Annual report of the Bengal Veterinary College and of the Civil Veterinary Department, Bengal, for the year 1913-1914 - 1913-1914
Year: 1913
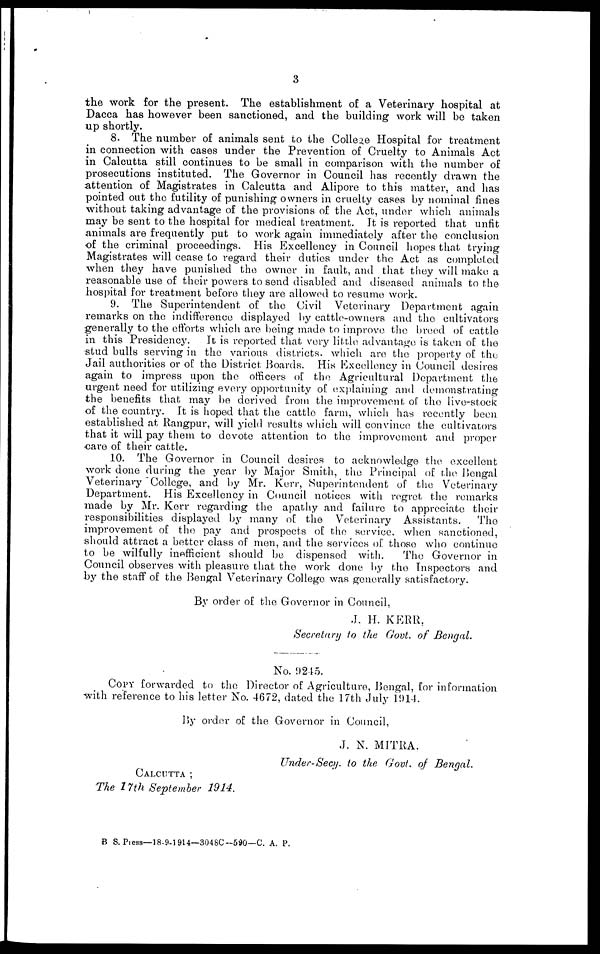
3
the work for the present. The establishment of a Veterinary hospital at
Dacca has however been sanctioned, and the building work will bo taken
up shortly.
8. The number of animals sent to the College Hospital for treatment
in connection with cases under the Prevention of Cruelty to Animals Act
in Calcutta still continues to be small in comparison with the number of
prosecutions instituted. The Governor in Council has recently drawn the
attention of Magistrates in Calcutta and Alipore to this matter, and has
pointed out the futility of punishing owners in cruelty cases by nominal fines
without taking advantage of the provisions of the Act, under which animals
may be sent to the hospital for medical treatment. It is reported that unfit
animals are frequently put to work again immediately after the conclusion
of the criminal proceedings. His Excellency in Council hopes that trying
Magistrates will cease to regard their duties under the Act as completed
when they have punished the owner in fault, and that they will make a
reasonable use of their powers to send disabled and diseased animals to the
hospital for treatment before they are allowed to resume work.
9. The Superintendent of the Civil Veterinary Department again
remarks on the indifference displayed by cattle-owners and the cultivators
generally to the efforts which are being made to improve the breed of cattle
in this Presidency. It is reported that very little advantage is taken of the
stud bulls serving in the various districts which are the property of the
Jail authorities or of the District Boards. His Excellency in Council desires
again to impress upon the officers of the Agricultural Department the
urgent need for utilizing every opportunity of explaining and demonstrating
the benefits that may be derived from the improvement of the live-stock
of the country. It is hoped that the cattle farm, which has recently been
established at Rangpur, will yield results which will convince the cultivators
that it will pay them to devote attention to the improvement and proper
care of their cattle.
10. The Governor in Council desires to acknowledge the excellent
work done during the year by Major Smith, the Principal of the Bengal
Veterinary College, and by Mr. Kerr, Superintendent of the Veterinary
Department. His Excellency in Council notices with regret the remarks
made by Mr. Kerr regarding the apathy and failure to appreciate their
responsibilities displayed by many of the Veterinary Assistants.
The
improvement of the pay and prospects of the service when sanctioned,
should attract a bettor class of men, and the services of those who continue
to be wilfully inefficient should be dispensed with.
The Governor in
Council observes with pleasure that the work done by the Inspectors and
by the staff of the Bengal Veterinary College was generally satisfactory.
By order of the Governor in Council,
J. H. KERR,
Secretary to the Govt. of Bengal.
No. 9245.
Copy forwarded to the Director of Agriculture, Bengal, for information
with reference to his letter No. 4672, dated the 17th July 1914.
By order of the Governor in Council,
J. N. MITRA.
Under-Secy, to the Govt. of Bengal.
Calcutta ;
The 27th September 1914.
B S. Press—18-9-1914—3048C-530—C. A, P.